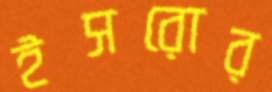
ইসরোর